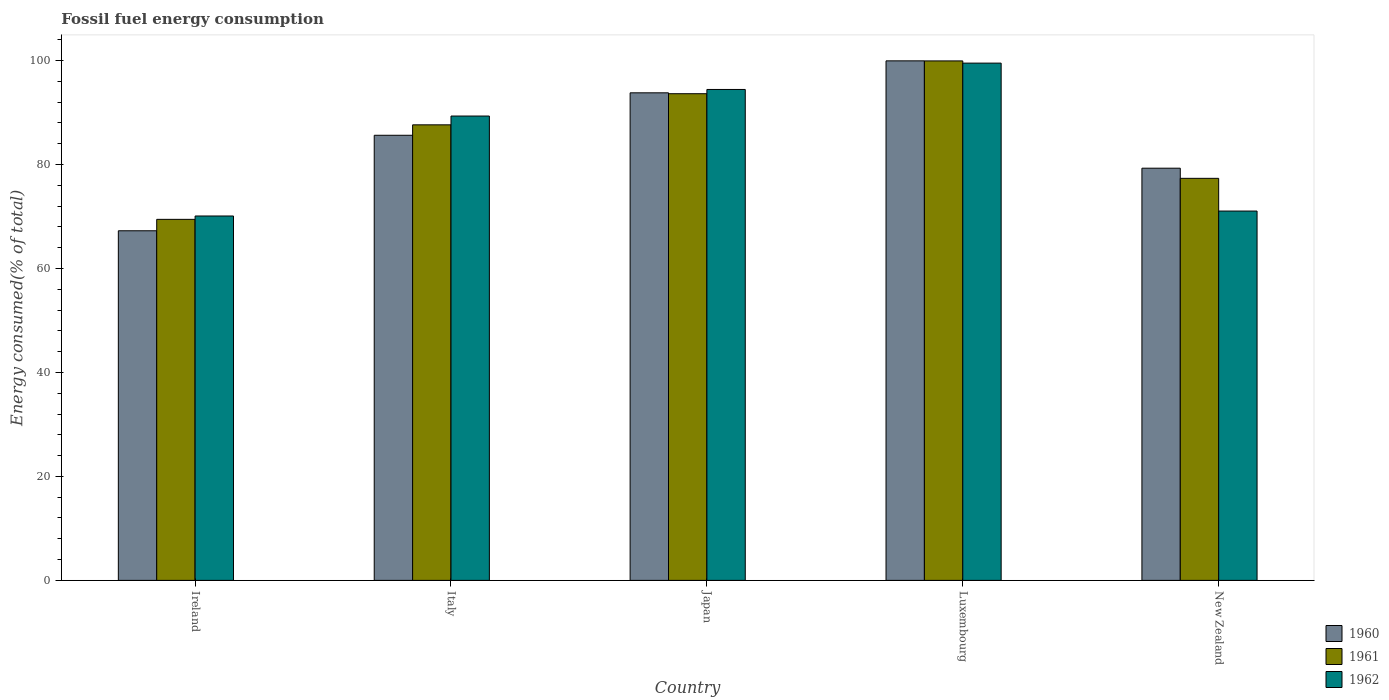
| Country | 1960 | 1961 | 1962 |
 | --- | --- | --- | --- |
 | Ireland | 67.2 | 69.4 | 70.1 |
 | Italy | 85.6 | 87.6 | 89.3 |
 | Japan | 93.8 | 93.6 | 94.4 |
 | Luxembourg | 99.9 | 99.9 | 99.5 |
 | New Zealand | 79.3 | 77.3 | 71 |